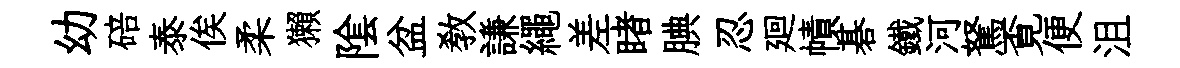
幼碚泰俟柔獺隂盆教謙繩差睹腆忍廻幘碁鐵河駑覔便沮